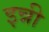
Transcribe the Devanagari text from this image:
इन्नी